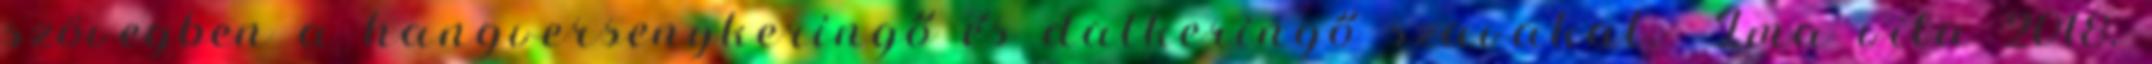
szövegben a hangversenykeringő és dalkeringő szavakat.– Ima vita 2018.